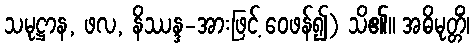
သမုဋ္ဌာန, ဖလ, နိဿန္ဒ-အားဖြင့် ဝေဖန်၍) သိ၏။ အဓိမုတ္တိံ၊